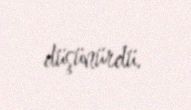
düşünürdü.